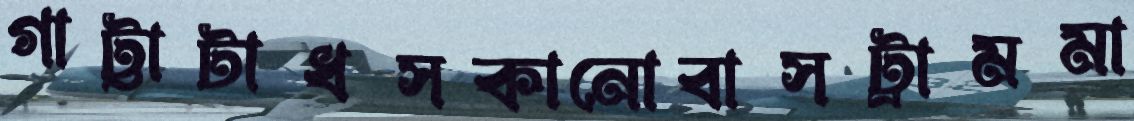
গাট্টাটাধসকানোবাসট্রামমা